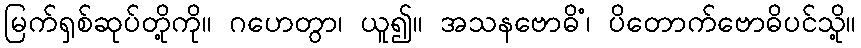
မြက်ရှစ်ဆုပ်တို့ကို။ ဂဟေတွာ၊ ယူ၍။ အသနဗောဓိံ၊ ပိတောက်ဗောဓိပင်သို့။